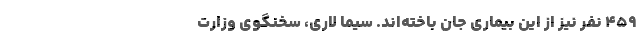
۴۵۹ نفر نیز از این بیماری جان باخته‌اند. سیما لاری، سخنگوی وزارت